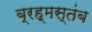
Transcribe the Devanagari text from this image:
ब्रह्मस्तंब